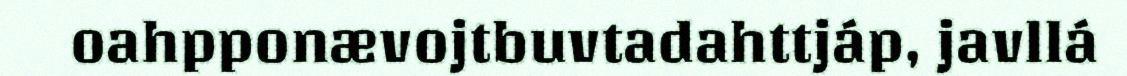
oahpponævojtbuvtadahttjáp, javllá